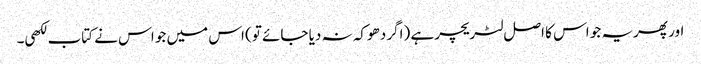
اور پھریہ جو اس کا اصل لٹریچر ہے (اگر دھوکہ نہ دیا جائے تو) اس میں جو اس نے کتاب لکھی۔